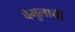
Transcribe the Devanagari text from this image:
वेमुलाची